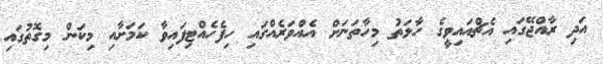
އަދި ރާއްޖޭގައި އެޗްއައިވީގެ ހާލަތު މިހާތަނަށް އެއްވަރެއްގައި ހިފެހެއްޓިފައިވާ ކަމަށާއި މިކަން މިގޮތުގައި